65_HS1-834228961_62-HQ-83894_Serial_164
Agency: FBI
Page 118
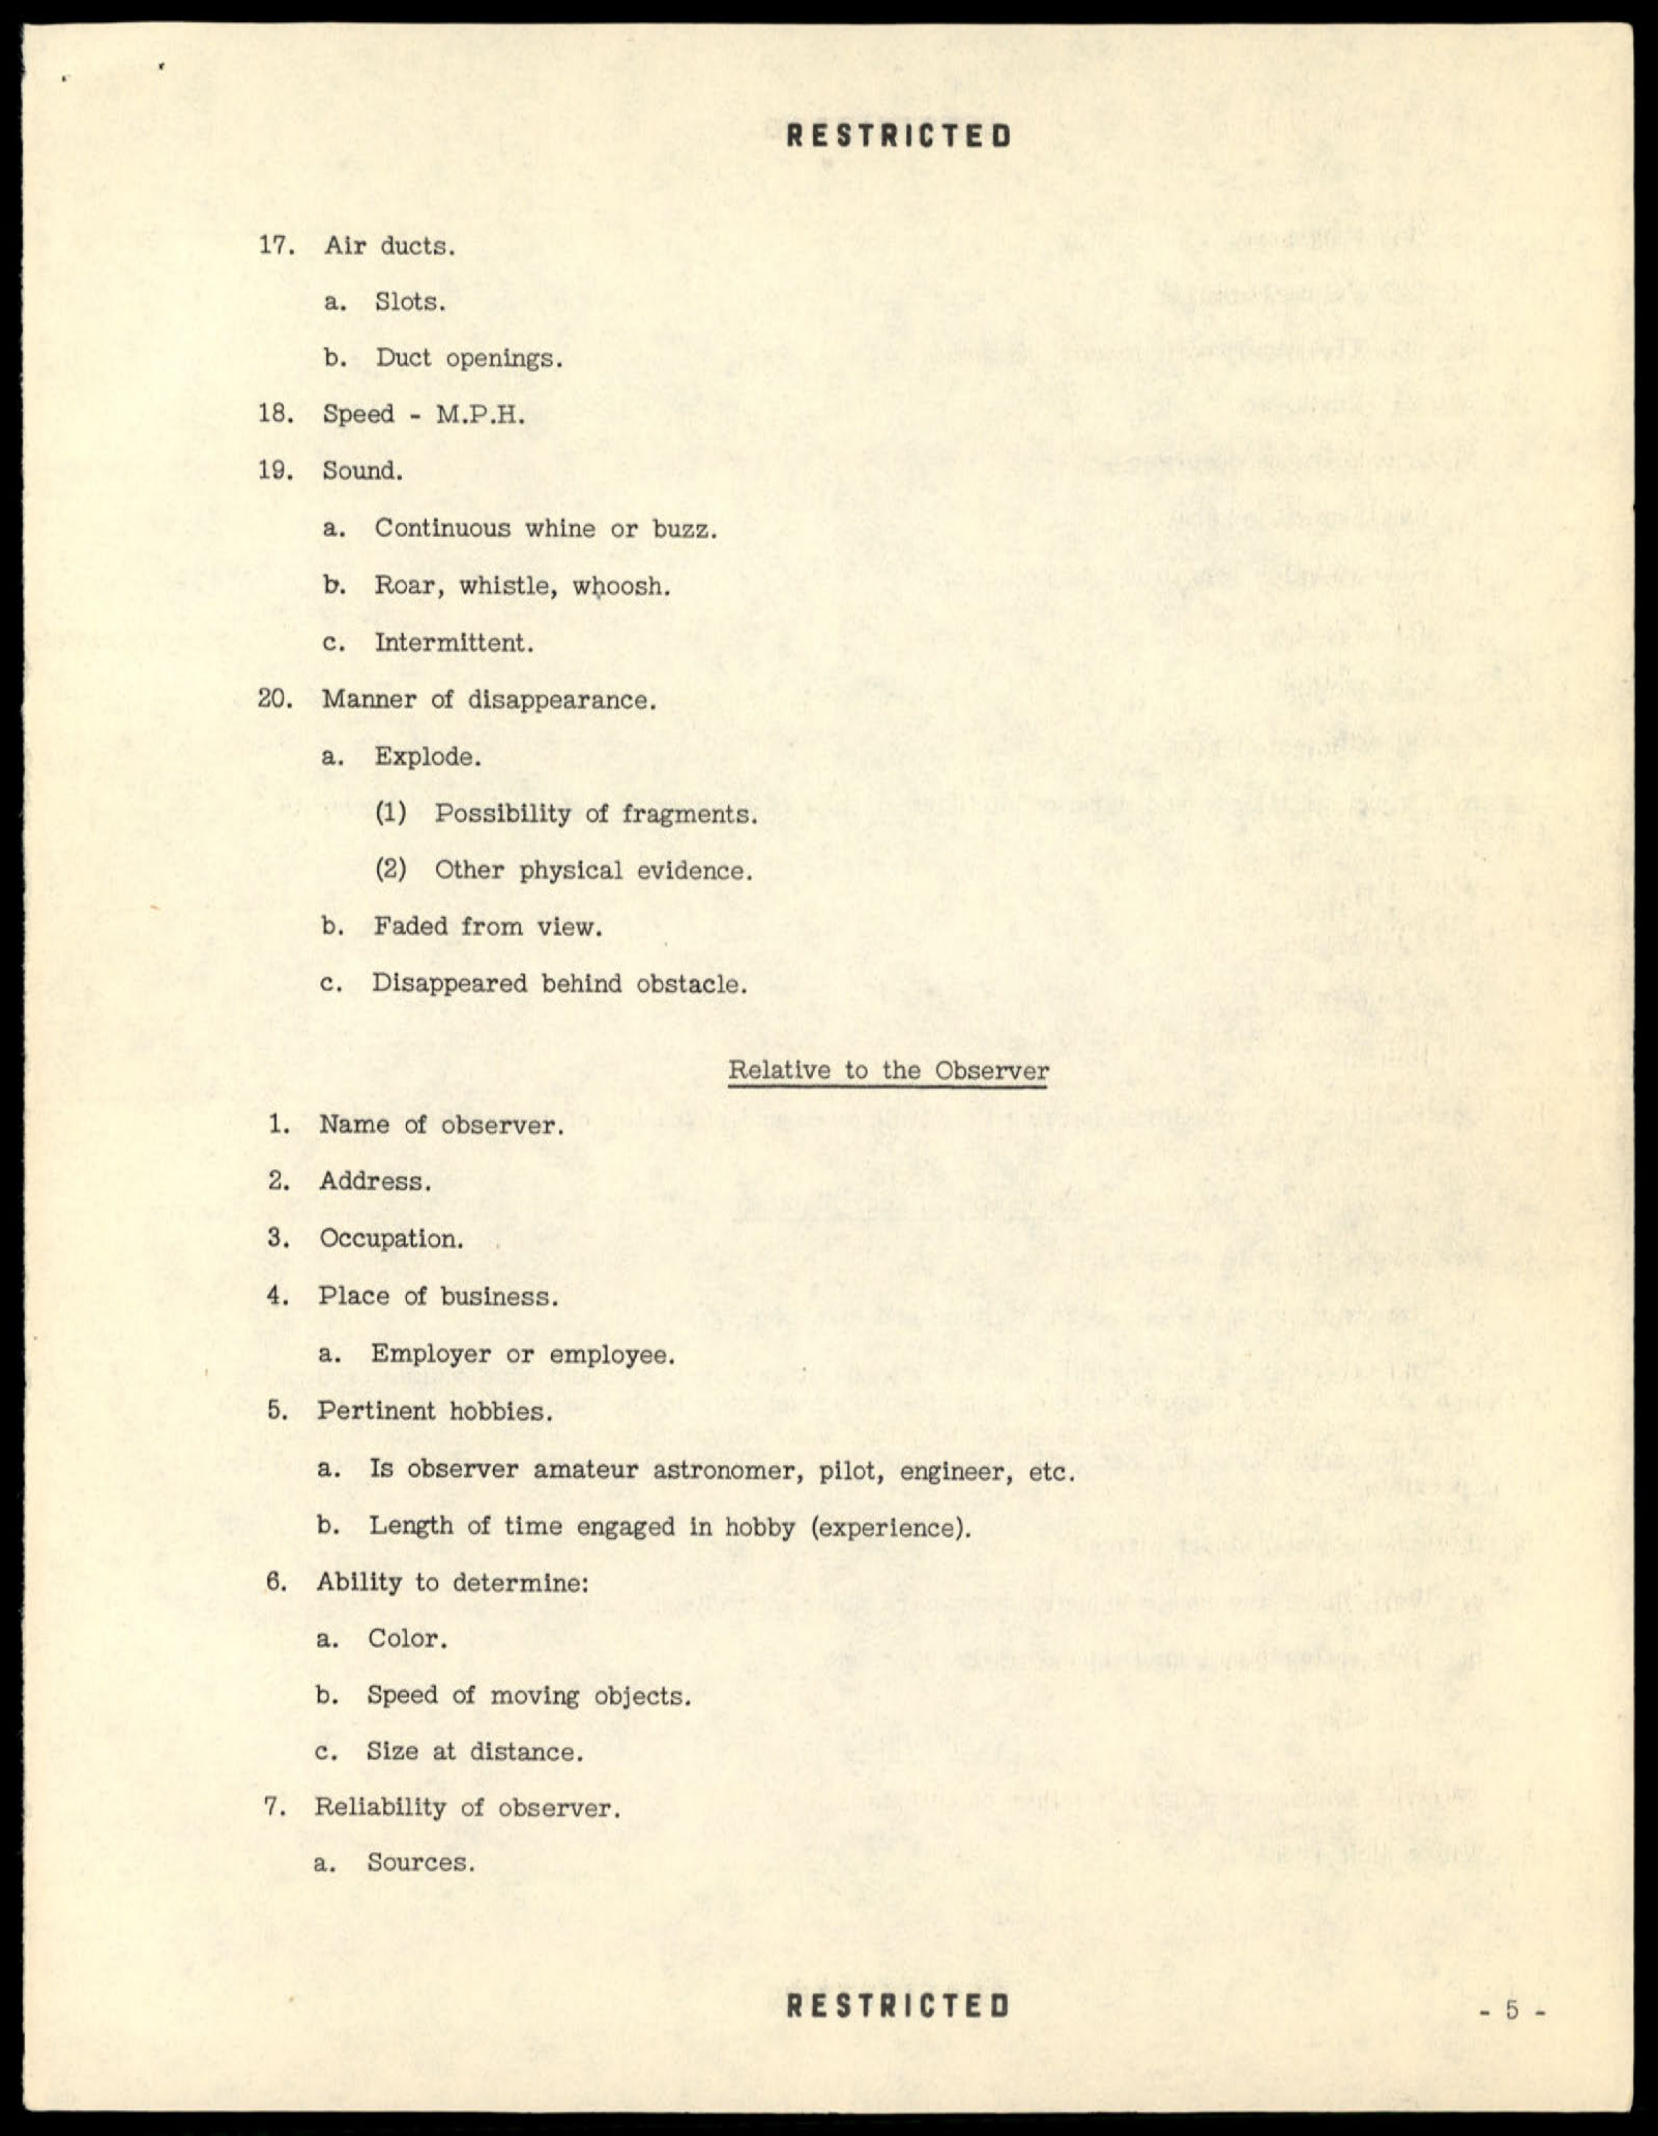